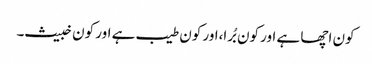
کون اچھا ہے اور کون بُرا،اور کون طیب ہے اور کون خبیث۔